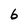
Character: 6